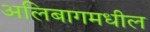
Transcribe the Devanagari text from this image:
अलिबागमधील